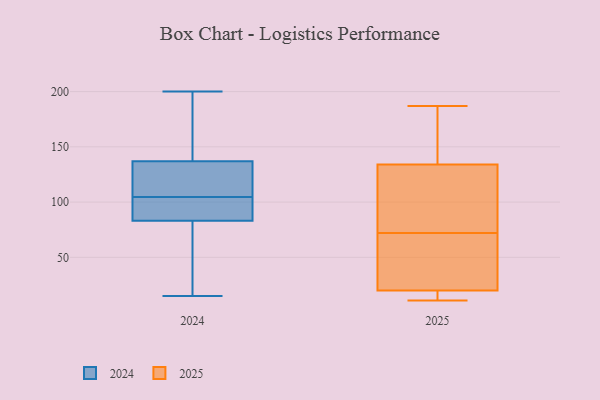
{"axis": {"x": "Churn Rate (%)", "y": "Value"}, "legend": ["2024", "2025"], "data": [{"x": "", "y": 20, "type": "2025"}, {"x": "", "y": 11, "type": "2025"}, {"x": "", "y": 64, "type": "2025"}, {"x": "", "y": 80, "type": "2025"}, {"x": "", "y": 14, "type": "2025"}, {"x": "", "y": 171, "type": "2025"}, {"x": "", "y": 14, "type": "2025"}, {"x": "", "y": 134, "type": "2025"}, {"x": "", "y": 103, "type": "2025"}, {"x": "", "y": 48, "type": "2025"}, {"x": "", "y": 130, "type": "2025"}, {"x": "", "y": 20, "type": "2025"}, {"x": "", "y": 39, "type": "2025"}, {"x": "", "y": 187, "type": "2025"}, {"x": "", "y": 167, "type": "2025"}, {"x": "", "y": 51, "type": "2025"}, {"x": "", "y": 100, "type": "2025"}, {"x": "", "y": 166, "type": "2025"}, {"x": "", "y": 144, "type": "2024"}, {"x": "", "y": 83, "type": "2024"}, {"x": "", "y": 96, "type": "2024"}, {"x": "", "y": 84, "type": "2024"}, {"x": "", "y": 200, "type": "2024"}, {"x": "", "y": 137, "type": "2024"}, {"x": "", "y": 56, "type": "2024"}, {"x": "", "y": 15, "type": "2024"}, {"x": "", "y": 136, "type": "2024"}, {"x": "", "y": 113, "type": "2024"}]}